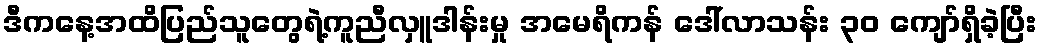
ဒီကနေ့အထိပြည်သူတွေရဲ့ကူညီလှူဒါန်းမှု အမေရိကန် ဒေါ်လာသန်း ၃၀ ကျော်ရှိခဲ့ပြီး